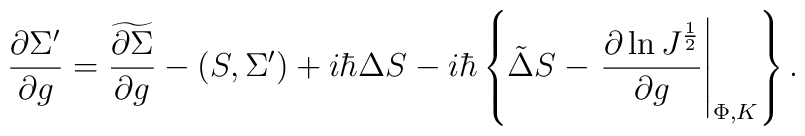
{\partial \Sigma^\prime \over \partial  g }=\widetilde{\partial \Sigma\over \partial  g }-(S,\Sigma^\prime)+i\hbar \Delta S-i\hbar \left\{\tilde\Delta S-\left. {\partial \ln J^{1\over 2}\over \partial  g }\right|_{\Phi,K}\right\}.